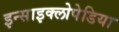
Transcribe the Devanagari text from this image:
इन्साइक्लोपेडिया